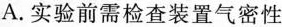
A.实验前需检查装置气密性